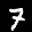
Label: 7